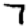
Digit: 7